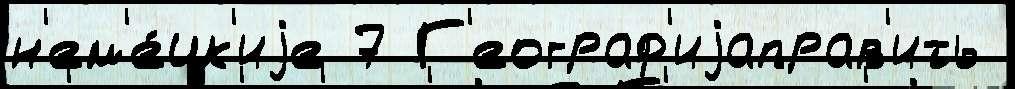
н'ем'е́цк'иjе 7 Г'еограф'иjаправ'ить